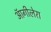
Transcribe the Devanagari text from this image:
ऑगीलेरा